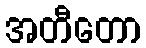
အတီတော